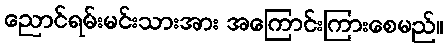
ညောင်ရမ်းမင်းသားအား အကြောင်းကြားစေမည်။